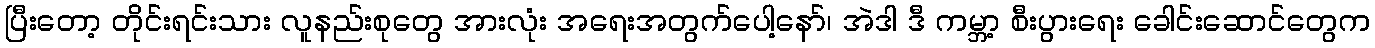
ပြီးတော့ တိုင်းရင်းသား လူနည်းစုတွေ အားလုံး အရေးအတွက်ပေါ့နော်၊ အဲဒါ ဒီ ကမ္ဘာ့ စီးပွားရေး ခေါင်းဆောင်တွေက